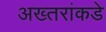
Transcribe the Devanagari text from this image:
अख्तरांकडे